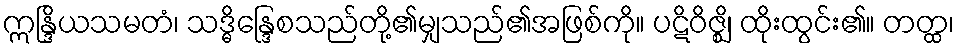
ဣန္ဒြိယသမတံ၊ သဒ္ဓိန္ဒြေစသည်တို့၏မျှသည်၏အဖြစ်ကို။ ပဋိဝိဇ္ဈိ၊ ထိုးထွင်း၏။ တတ္ထ၊